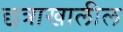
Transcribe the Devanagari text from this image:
छत्राखालील